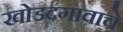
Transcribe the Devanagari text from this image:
खोडदगावाचे